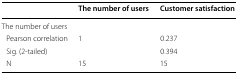
|  | The number of users | Customer satisfaction |
 | --- | --- | --- |
 | The number of users |  |  |
 | Pearson correlation | 1 | 0.237 |
 | Sig. (2-tailed) |  | 0.394 |
 | N | 15 | 15 |